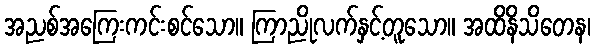
အညစ်အကြေးကင်းစင်သော။ ကြာညိုလက်နှင့်တူသော။ အထိနိသိတေန၊